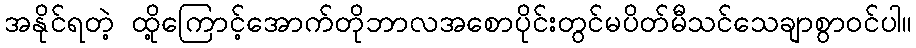
အနိုင်ရတဲ့ ထို့ကြောင့်အောက်တိုဘာလအစောပိုင်းတွင်မပိတ်မီသင်သေချာစွာဝင်ပါ။